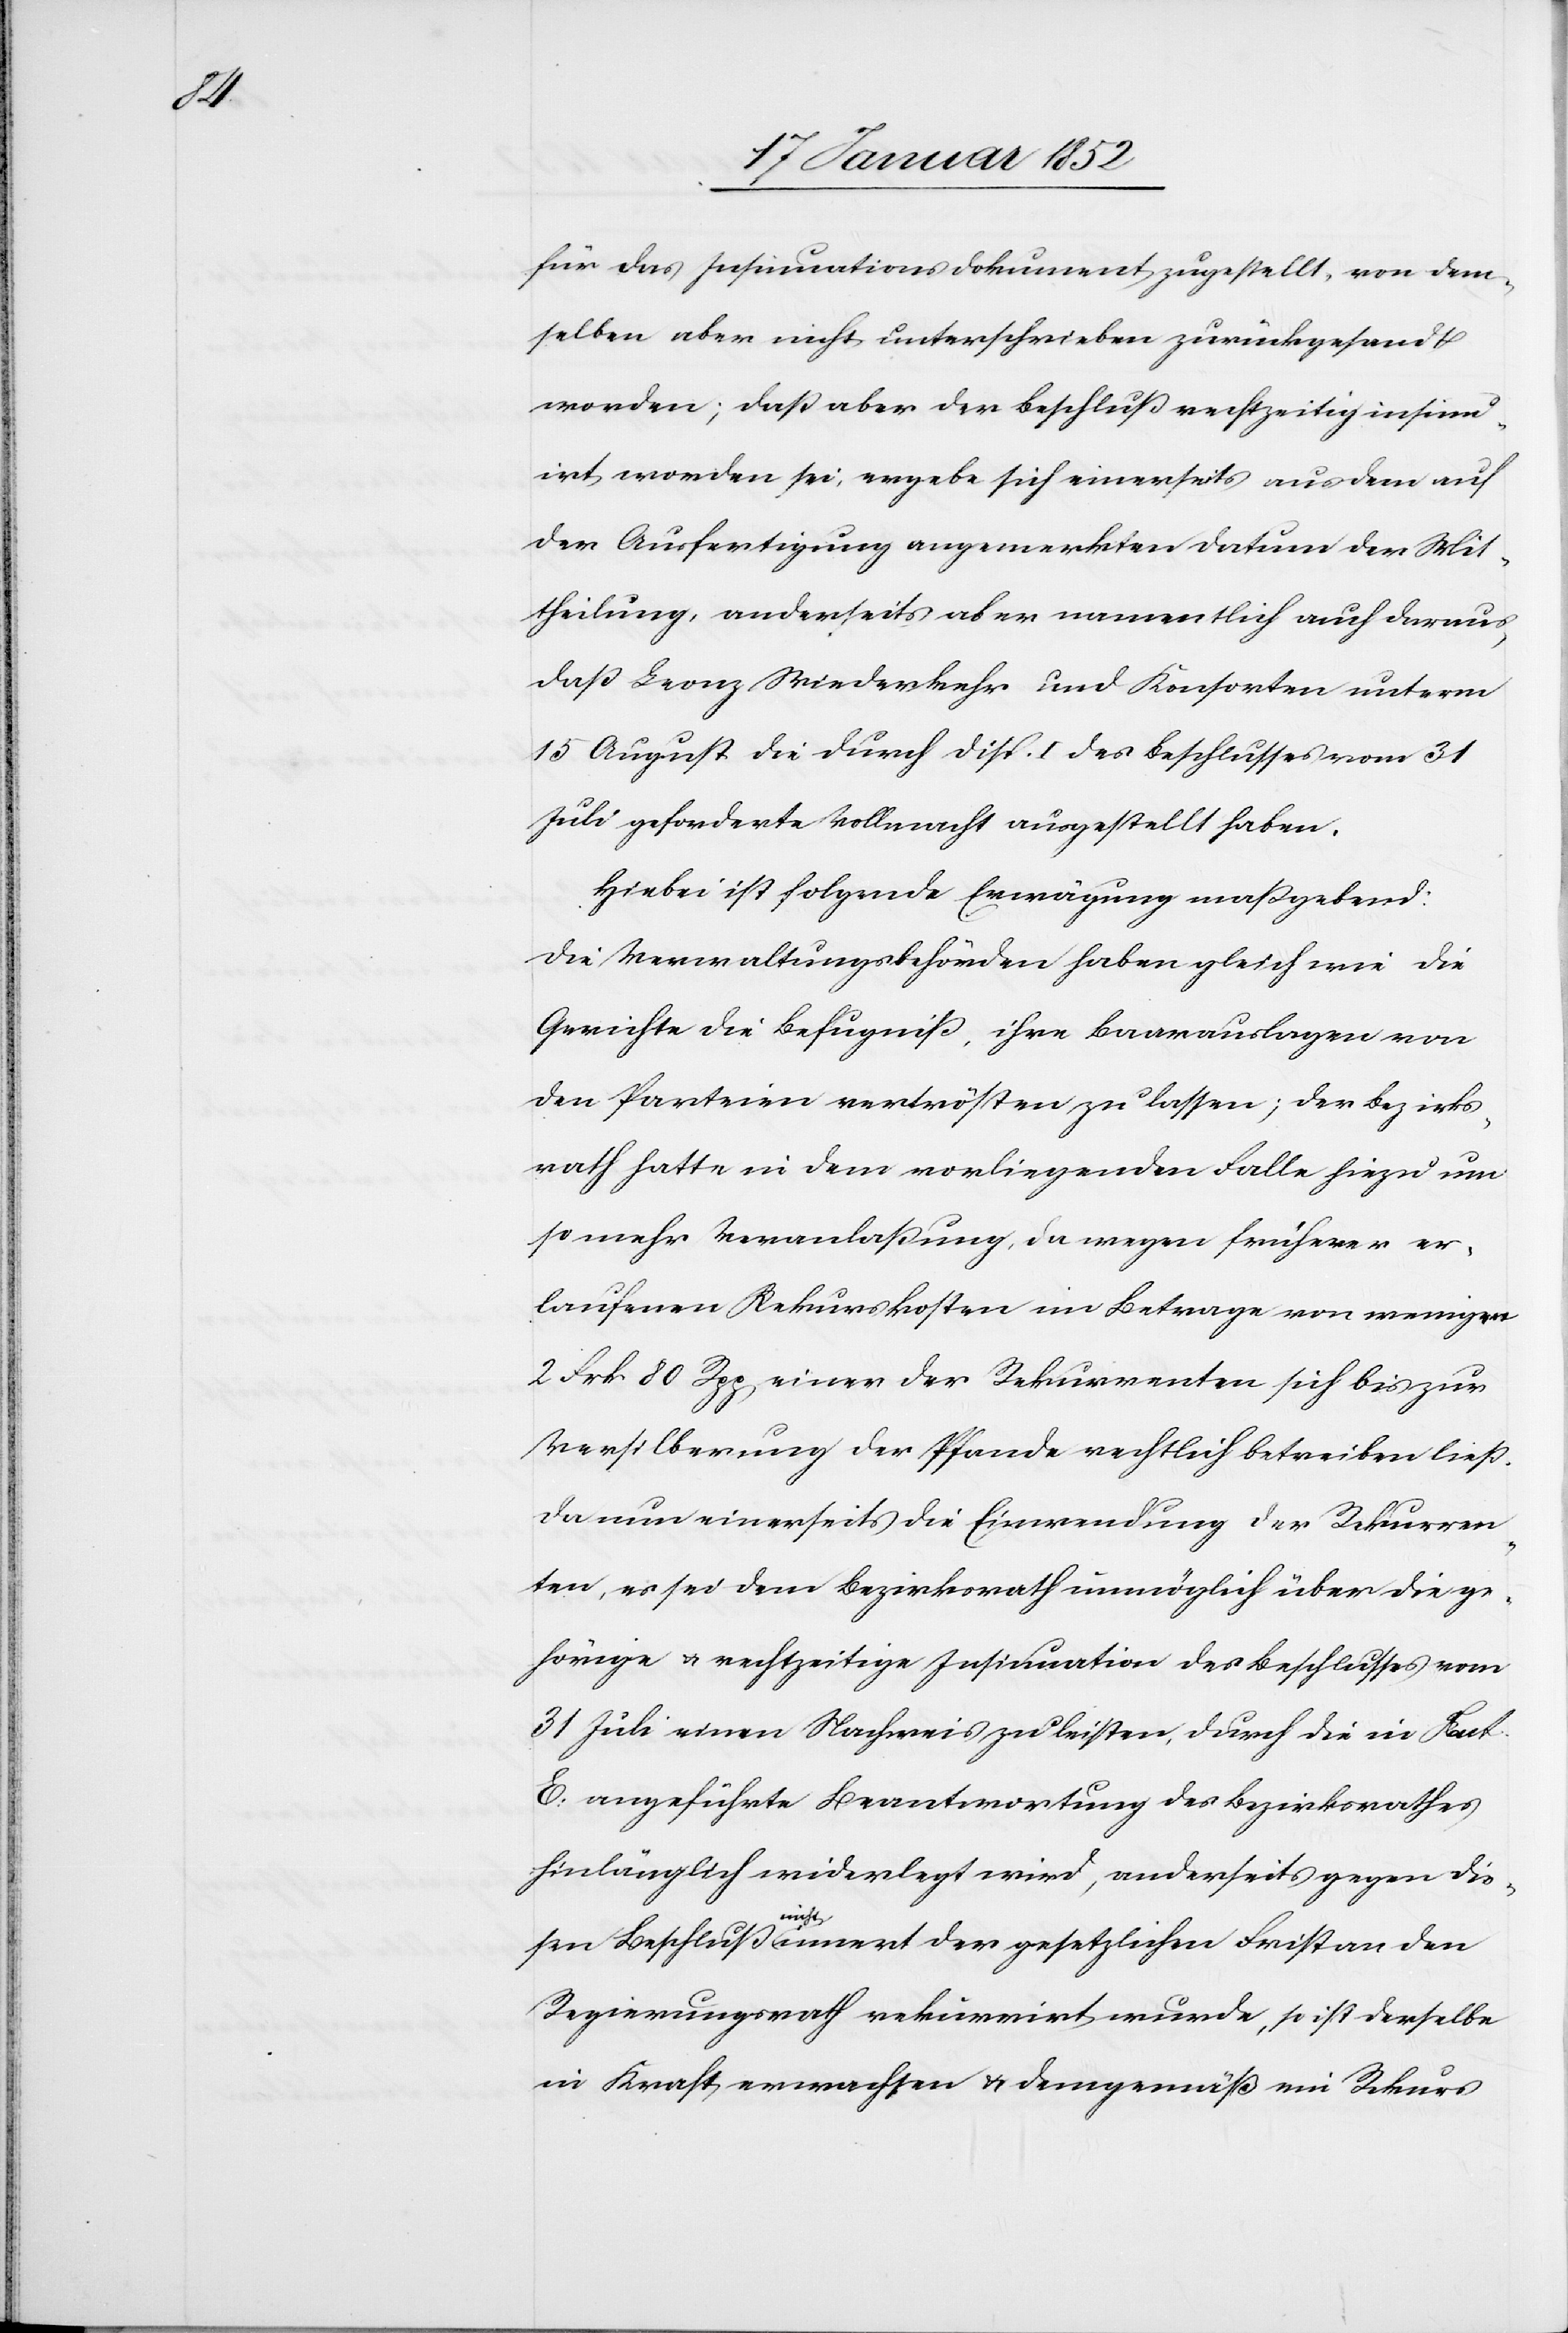
für das Insinuationsdokument zugestellt, von dem¬
selben aber nicht unterschrieben zurückgesandt
worden; daß aber der Beschluß rechtzeitig insinu¬
irt worden sei, ergebe sich einerseits aus dem auf
der Ausfertigung angemerkten Datum der Mit¬
theilung, anderseits aber namentlich auch daraus,
daß Leonz Wiederkehr und Konsorten unterm
15 August die durch disp. I. des Beschlusses vom 31
Juli geforderte Vollmacht ausgestellt haben.
Hiebei ist folgende Erwägung maßgebend:
Die Verwaltungsbehörden haben gleich wie die
Gerichte die Befugniß, ihre Baarauslagen von
den Parteien vertrösten zu lassen; der Bezirks¬
rath hatte in dem vorliegenden Falle hiezu um
so mehr Veranlaßung, da wegen früherer er¬
laufener Rekurskosten im Betrage von wenigern
2 Frk 80 Rpp einer der Rekurrenten sich bis zur
Versilberung der Pfande rechtlich betreiben ließ.
Da nun einerseits die Einwendung der Rekurren¬
ten, es sei dem Bezirksrath unmöglich über die ge¬
hörige u. rechtzeitige Insinuation des Beschlusses vom
31 Juli einen Nachweis zu leisten, durch die in Fact.
E. angeführte Beantwortung des Bezirksrathes
hinlänglich widerlegt wird, anderseits gegen die¬
sen Beschluß nicht innert der gesetzlichen Frist an den
Regierungsrath rekurrirt wurde, so ist derselbe
in Kraft erwachsen u. demgemäß ein Rekurs